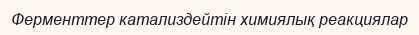
Ферменттер катализдейтін химиялық реакциялар